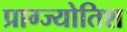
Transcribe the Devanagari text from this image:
प्राग्ज्योतिश